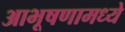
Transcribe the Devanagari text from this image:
आभूषणामध्ये